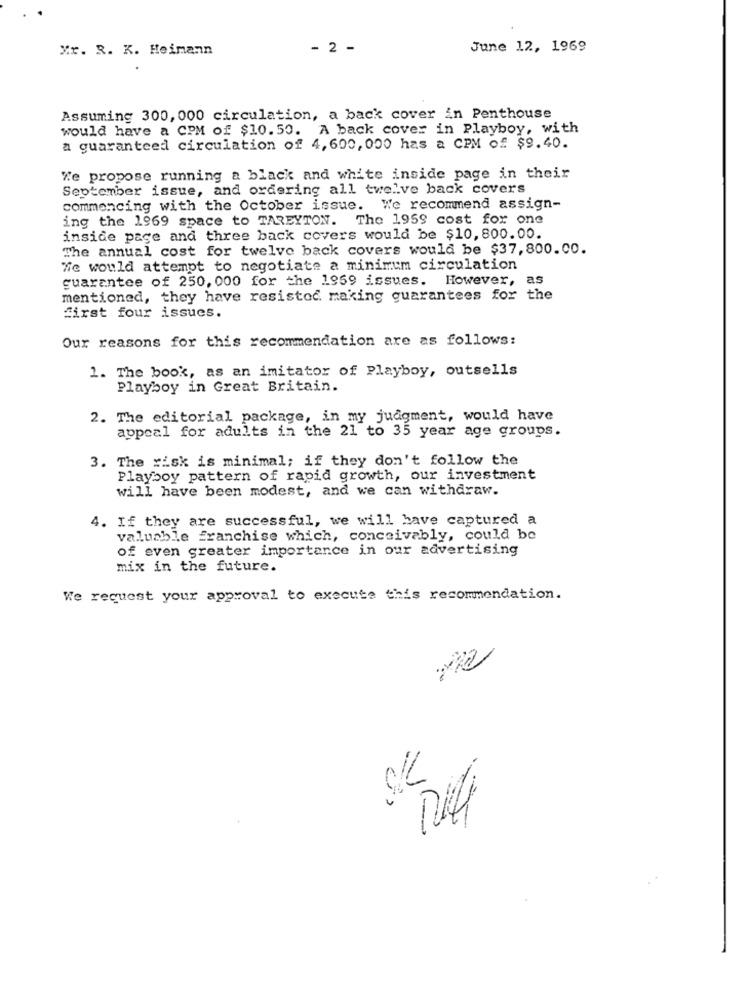
Xx. R. K. Heimann
- 2 -
June 12, 1969
Assuming 300, 000 circulation, a back cover in Penthouse
would have a CPM of $10.50. A back cover in Playboy, with
a guaranteed circulation of 4, 600, 000 has a CPM of $9.40.
We propose running a black and white inside page in their
September issue, and ordering all twelve back covers
commencing with the October issue. We recommend assign-
ing the 1969 space to TAREYTON. The 1959 cost for one
inside page and three back covers would be $10, 800.00.
The annual cost for twelve back covers would be $37,800.00.
We would attempt to negotiate a minimum circulation
guarantee of 250, 000 for the 1959 issues. However, as
mentioned, they have resisted making guarantees for the
first four issues.
Our reasons for this recommendation are as follows:
1. The book, as an imitator of Playboy, outsells
Playboy in Great Britain.
2. The editorial package, in my judgment, would have
appeal for adults in the 21 to 35 year age groups.
3. The risk is minimal; if they don't follow the
Playboy pattern of rapid growth, our investment
will have been modest, and we can withdraw.
4. If they are successful, we will have captured a
valuable franchise which, conceivably, could be
of even greater importance in our advertising
mix in the future.
We request your approval to execute this recommendation.
Difi